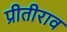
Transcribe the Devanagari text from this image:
प्रीतीराव